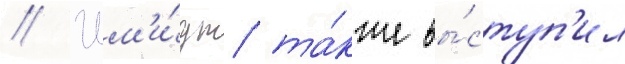
// Шм'и́дт та́кже вы́ступ'ил